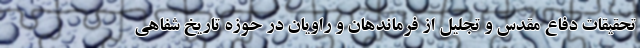
تحقیقات دفاع مقدس و تجلیل از فرماندهان و راویان در حوزه تاریخ شفاهی